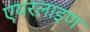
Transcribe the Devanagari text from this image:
एयरलाइण